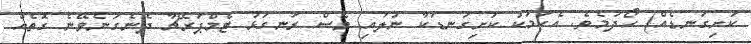
ކަށިގަނޑެއް) ހޯދުމެވެ. އެކަމަކު ކަށިގަނޑަކާ ނުލައި ވެސް ރަނގަޅު ޓެމްޕަރޭޗާ ދެނެގަނެވޭނެ ގޮތެއް